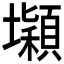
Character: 𡓡